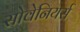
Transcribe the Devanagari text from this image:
सोवेनियर्स